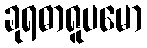
ခုရဓာရူပမော